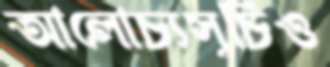
আলোচ্যসূচিও